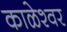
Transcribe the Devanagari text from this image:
काळेश्वर